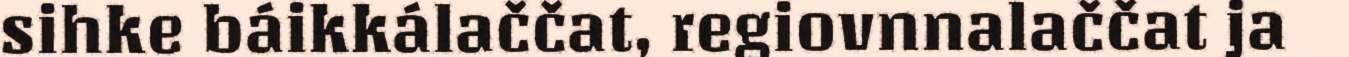
sihke báikkálaččat, regiovnnalaččat ja